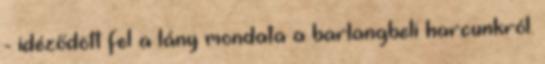
- idéződött fel a lány mondata a barlangbeli harcunkról.